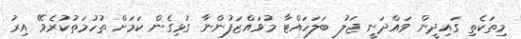
މިތަކެތި ގައިދީން ވައްދަނީ ޖަލު ބަލަހައްޓާ މުވައްޒަފުންނާ ގުޅިގެން ކަމަށް ތުހުމަތުކުރެވޭ އިރު